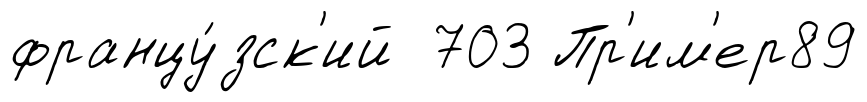
францу́зск'ий 703 Пр'им'ер89